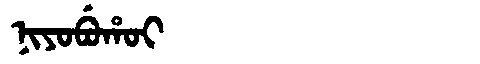
Manchu: ᠨᡳᠶᠣᠪᡠᡥᠣᡳ
Romanization: NIYOBUHOI